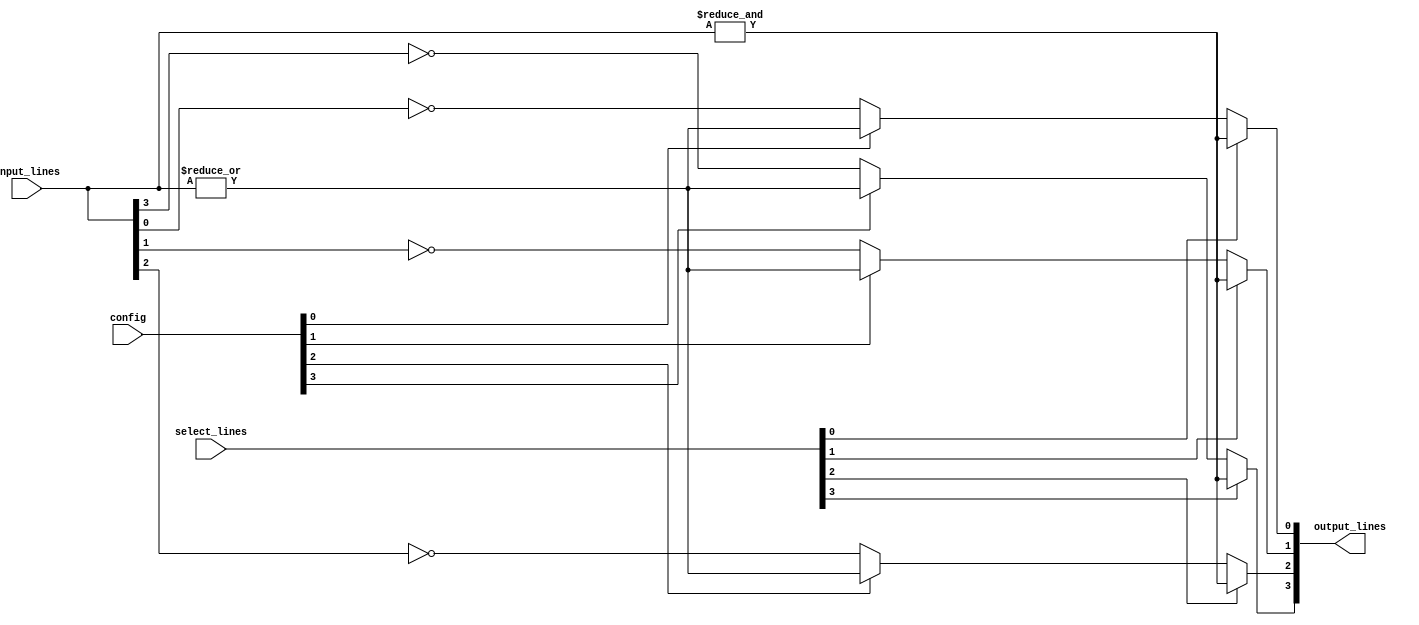
module combinational_logic_block (
    input  wire [N-1:0] input_lines,      // Input lines (N input lines)
    input  wire [M-1:0] select_lines,     // Selection lines for multiplexers (M select lines)
    input  wire [M-1:0] config,            // Configuration signals
    output wire [P-1:0] output_lines       // Output lines (P output lines)
);
    parameter N = 8;                       // Number of input lines
    parameter M = 4;                       // Number of selection lines for multiplexers
    parameter P = 4;                       // Number of output lines

    // Internal signals for logic gate outputs
    wire [N-1:0] and_out;
    wire [N-1:0] or_out;
    wire [N-1:0] not_out;
    
    // Logic Gates
    genvar i;
    generate
        for (i = 0; i < N; i = i + 1) begin : logic_gate
            assign and_out[i] = &input_lines; // AND operation across all inputs
            assign or_out[i] = |input_lines;  // OR operation across all inputs
            assign not_out[i] = ~input_lines[i]; // NOT operation
        end
    endgenerate

    // Multiplexer Implementation
    wire [M-1:0] mux_out;
    generate
        for (i = 0; i < M; i = i + 1) begin : mux
            assign mux_out[i] = (select_lines[i]) ? and_out[i] :
                                (config[i]) ? or_out[i] :
                                not_out[i];
        end
    endgenerate

    // Output Lines Assignment
    generate
        for (i = 0; i < P; i = i + 1) begin : output_assignment
            assign output_lines[i] = mux_out[i % M]; // Route the mux output to the output lines
        end
    endgenerate

endmodule